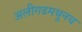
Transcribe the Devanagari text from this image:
अलीगढमधूनच